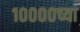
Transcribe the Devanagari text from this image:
१००००च्या